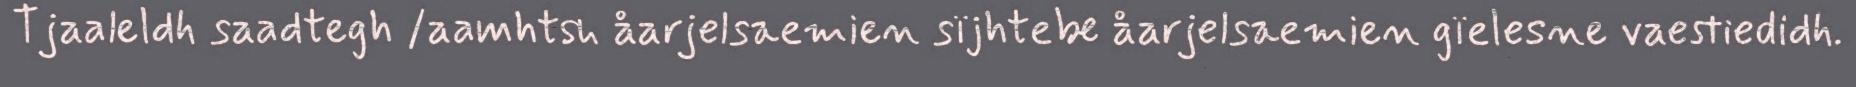
Tjaaleldh saadtegh /aamhtsh åarjelsaemien sïjhtebe åarjelsaemien gïelesne vaestiedidh.